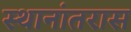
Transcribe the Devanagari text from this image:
स्थानांतरास